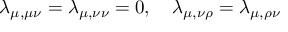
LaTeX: \lambda _ { \mu , \mu \nu } = \lambda _ { \mu , \nu \nu } = 0 , \quad \lambda _ { \mu , \nu \rho } = \lambda _ { \mu , \rho \nu }